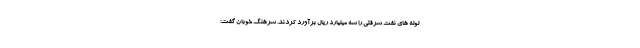
لوله های نفت سرقتی را سه میلیارد ریال برآورد کردند. سرهنگ خوبان گفت: